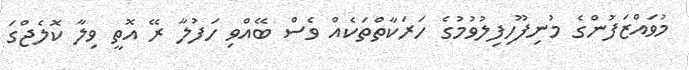
މުވައްޒަފުންގެ މުނިފޫހިފިލުވުމުގެ ހަރަކާތްތަކެއް ވެސް ބޭއްވި ހަފުލާ ރޭ އޮތީ ވިލާ ކޮލެޖްގަ